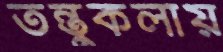
তন্তুকলায়